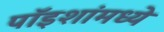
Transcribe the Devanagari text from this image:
पॉइशांमध्ये